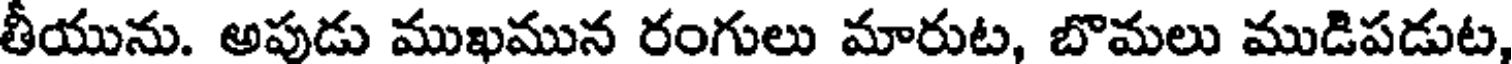
తీయును. అపుడు ముఖమున రంగులు మారుట, బొమలు ముడిపడుట,